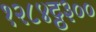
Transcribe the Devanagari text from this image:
१२८४ट्ठ३००